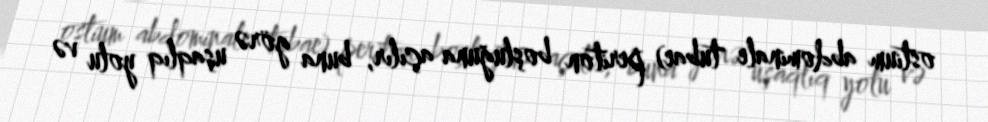
ostium abdominale tubae) periton boşluğuna açılır, buna görə uşaqlıq yolu və